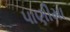
પાણીમા